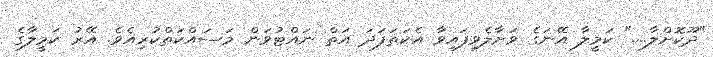
"ދޫކޮށްލާ...." ކަމީލާ އޭނަގެ ވަށާލެވިފައިވާ އެކަތަފަދަ އަތް ނައްޓުވަން މަސައްކަތްކުރިއެވެ. އޭރު ކަމީލާގެ